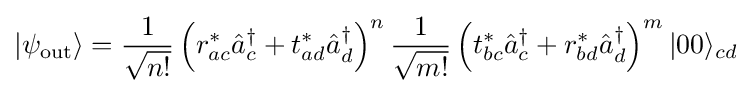
|\psi _{\text{out}}\rangle ={\frac {1}{\sqrt {n!}}}\left(r_{ac}^{\ast }{\hat {a}}_{c}^{\dagger }+t_{ad}^{\ast }{\hat {a}}_{d}^{\dagger }\right)^{n}{\frac {1}{\sqrt {m!}}}\left(t_{bc}^{\ast }{\hat {a}}_{c}^{\dagger }+r_{bd}^{\ast }{\hat {a}}_{d}^{\dagger }\right)^{m}|00\rangle _{cd}